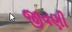
જીવણી